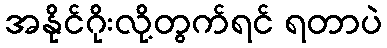
အနိုင်ဂိုးလို့တွက်ရင် ရတာပဲ